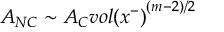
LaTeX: A _ { N C } \sim A _ { C } { v o l ( x ^ { - } ) } ^ { ( m - 2 ) / 2 }